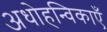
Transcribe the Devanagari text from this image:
अधोहन्विकाएँ